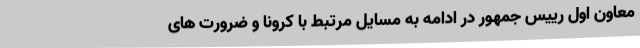
معاون اول رییس جمهور در ادامه به مسایل مرتبط با کرونا و ضرورت های